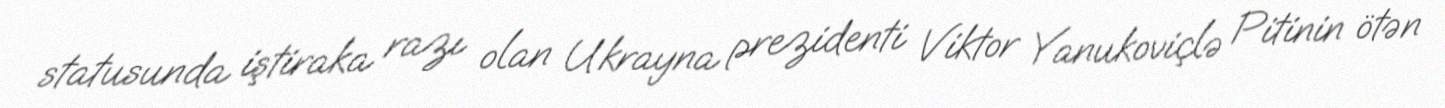
statusunda iştiraka razı olan Ukrayna prezidenti Viktor Yanukoviçlə Pitinin ötən